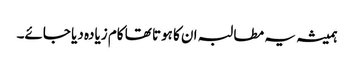
ہمیشہ یہ مطالبہ ان کا ہوتا تھا کام زیادہ دیا جائے۔